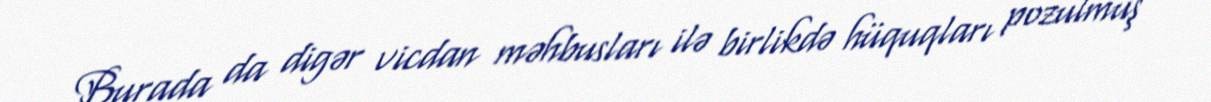
Burada da digər vicdan məhbusları ilə birlikdə hüquqları pozulmuş